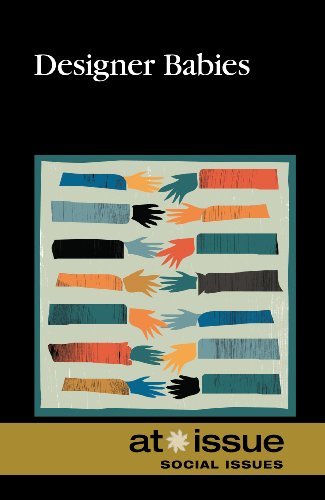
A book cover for Designer Babies (At Issue); Clayton Farris Naff; Teen & Young Adult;